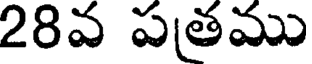
28వ పతము